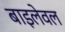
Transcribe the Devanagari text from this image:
बाइलेवल